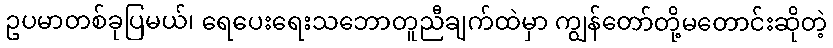
ဥပမာတစ်ခုပြမယ်၊ ရေပေးရေးသဘောတူညီချက်ထဲမှာ ကျွန်တော်တို့မတောင်းဆိုတဲ့